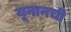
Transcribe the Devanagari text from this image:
यूनानची